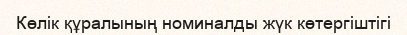
Көлік құралының номиналды жүк көтергіштігі